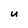
Character: U